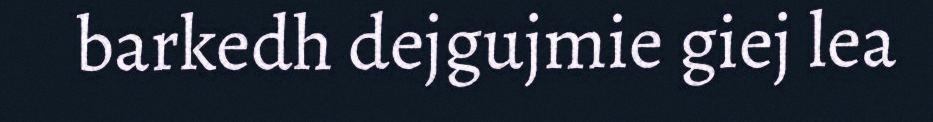
barkedh dejgujmie giej lea